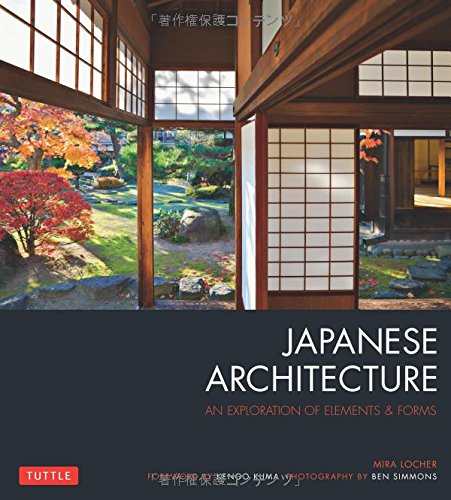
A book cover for Japanese Architecture: An Exploration of Elements & Forms; Mira Locher; Arts & Photography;